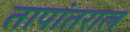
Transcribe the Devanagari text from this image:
तापांतराल